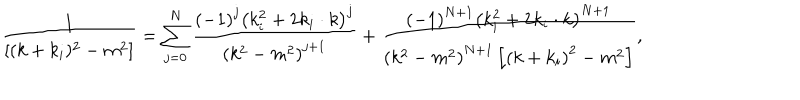
\frac { 1 } { [ ( k + k _ { i } ) ^ { 2 } - m ^ { 2 } ] } = \sum _ { j = 0 } ^ { N } \frac { \left( - 1 \right) ^ { j } \left( k _ { i } ^ { 2 } + 2 k _ { i } \cdot k \right) ^ { j } } { \left( k ^ { 2 } - m ^ { 2 } \right) ^ { j + 1 } } + \frac { \left( - 1 \right) ^ { N + 1 } \left( k _ { i } ^ { 2 } + 2 k _ { i } \cdot k \right) ^ { N + 1 } } { \left( k ^ { 2 } - m ^ { 2 } \right) ^ { N + 1 } \left[ \left( k + k _ { i } \right) ^ { 2 } - m ^ { 2 } \right] } ,